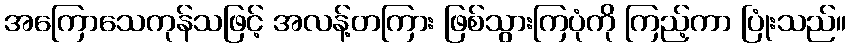
အကြောသေကုန်သဖြင့် အလန့်တကြား ဖြစ်သွားကြပုံကို ကြည့်ကာ ပြုံးသည်။